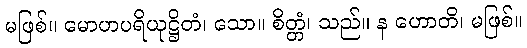
မဖြစ်။ မောဟပရိယုဋ္ဌိတံ၊ သော။ စိတ္တံ၊ သည်။ န ဟောတိ၊ မဖြစ်။